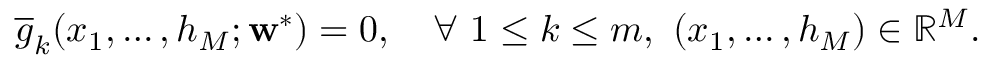
\overline { { g } } _ { k } ( x _ { 1 } , \hdots , h _ { M } ; \mathbf { w } ^ { * } ) = 0 , \quad \forall \ 1 \leq k \leq m , \ ( x _ { 1 } , \hdots , h _ { M } ) \in \mathbb { R } ^ { M } .